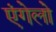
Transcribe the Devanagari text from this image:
एंगेलो